Tezpur Lunatic Asylum reports 1877-1894 - 1877-1894
Year: 1877
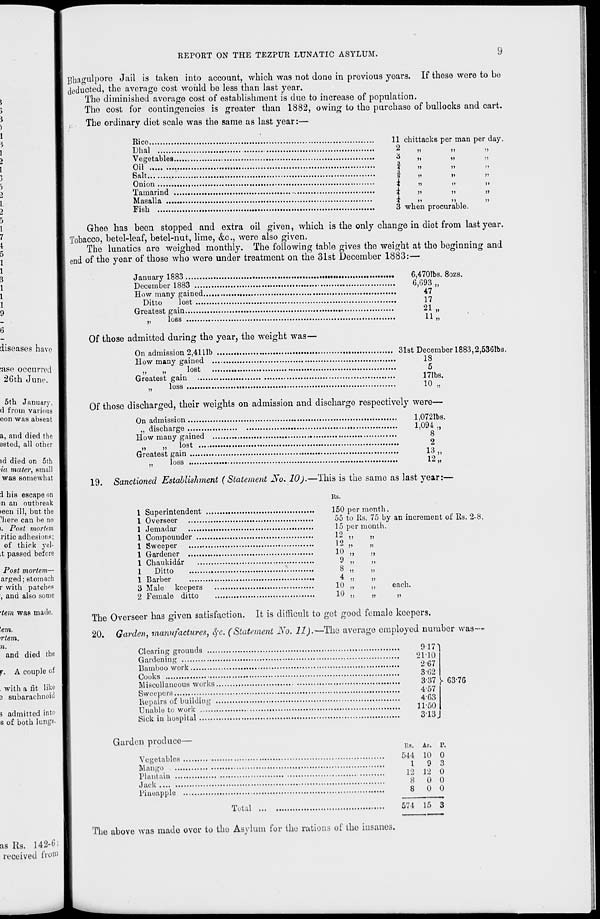
RErORT ON THE TEZPUR LUNATIC ASYLUM.
:ase occurred
26th Junt\
a, and died the
sated, all other
Post mortem—
arged; stomach
r with patches
, and also some
•tern was made.
. with a fit like
3 subarachnoid
3 admitted into
s of both lungs-
Bhagulpore Jail is taken into account, which was not done in previous years. If these were to bo
deducted, the average cost would be less than last year.
The diminished average cost of establishment is due to increase of population.
Tho cost for contingencies is greater than 1882, owing to the purchase of bullocks and cart.
„.
The ordinary diet scale was the same as last year:—
Rice
Dhal
Vegetables.
Oil
Bait
Onion
Tamarind .
Masalla ....
Fish
11 chittackB per man per day
2
n
>)
n
3
,,
11
))
I
»
n
n
I
„
n
»
J
n
n
»>
i
»
»
»
*
M
11
))
3 when procurable.
Ghee has been stopped and extra oil given, which is the only change in diet from last year.
Tobacco, betel-leaf, betel-nut, lime, &c, were also given.
The lunatics are weighed monthly. The following table gives the weight at the beginning and
end of the year of those who were under treatment on the 31st December 1883:—
January 1883
December 1883 ....
How many gained.
Ditto
lost ....
Greatest gain
,,
loss
6,4701bs. 8ozs.
6,093 „
47
17
21 „
U »
Of those admitted during the year, the weight was—
On admission 2,4111b
31st December 1883,2,536fos.
How many gained
IS
„
„ *
lost
5
Greatest gain
171bs.
„
loss
10 „
Of those discharged, their weights on admission and discharge respectively were—
On admission
„ discharge
How many gained
„ lost ...
Greatest gain
,
loss
1,072 As.
1,094 „
8
2
13 „
12 „
19. Sanctioned Establishment (Statement No. 10).—This is the same as last year:—
Rs.
1 Superintendent
1 Overseer
1 Jemadar
1 Compouuder ...
1 Sweeper
1 Gardener
1 Chaukidar
1
Ditto
1 Barber
3 Male keepers
2 Female ditto
150 per month.
55 to Rs. 75 by an increment of Rs. 2-8.
15 per month.
12 )!
1)
12 »
1)
10 !>
11
9 11
))
8 11
11
4 >!
1)
10 )!
1)
10 1!
11
each.
The Overseer has given satisfaction. It is difficult to get good female keepers.
20. Garden, manufactures, eye. (Statement No. 11).— Tho average employed number was—
Clearing grounds ....
Gardening
Bamboo work
Cooks
Miscellaneous works
Sweepers
Repairs of building .
Unable to work
Sick iu hospital
Garden produco-
Ycgotables .
Mango
Plantain ...
.Jack
Pineapple ■
Total
9-17]
21-10
2-67
3-02
3-37 }■ G3-7G
4-57
4G3
11-50
3-13 J
Rs. As. P.
514 10 0
I
9 3
12 12 0
8
0 0
8
0 < )
J
574 15 ,
The above was made over to the Asylum for the rations of the insanes.